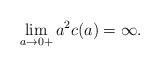
LaTeX: \begin{align*}\lim_{a\to 0+}a^2c(a)=\infty.\end{align*}